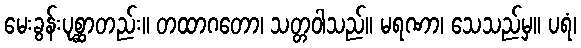
မေးခွန်းပုစ္ဆာတည်း။ တထာဂတော၊ သတ္တဝါသည်။ မရဏာ၊ သေသည်မှ။ ပရံ၊